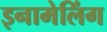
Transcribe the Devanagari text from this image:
इनामेलिंग